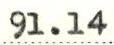
91.14